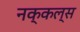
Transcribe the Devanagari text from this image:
नक्कल्स